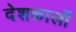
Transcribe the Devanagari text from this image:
देशकालों